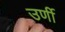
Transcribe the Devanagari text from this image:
उर्णी